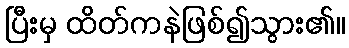
ပြီးမှ ထိတ်ကနဲဖြစ်၍သွား၏။